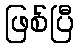
ဖြစ်ပြီ